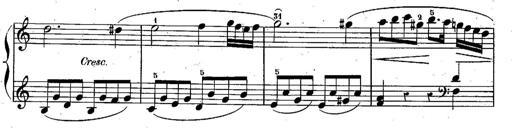
Title: Piano Sonatine
Composer: Jacques-Louis Battmann